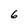
Character: 6